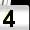
Digit: 4